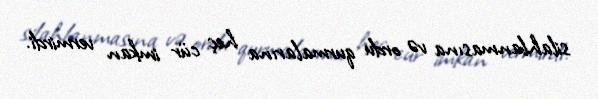
silahlanmasına və ordu qurmalarına heç cür imkan vermirdi.